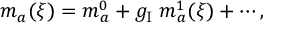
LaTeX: m _ { a } ( \xi ) = m _ { a } ^ { 0 } + g _ { \mathrm { I } } \; m _ { a } ^ { 1 } ( \xi ) + \cdots ,